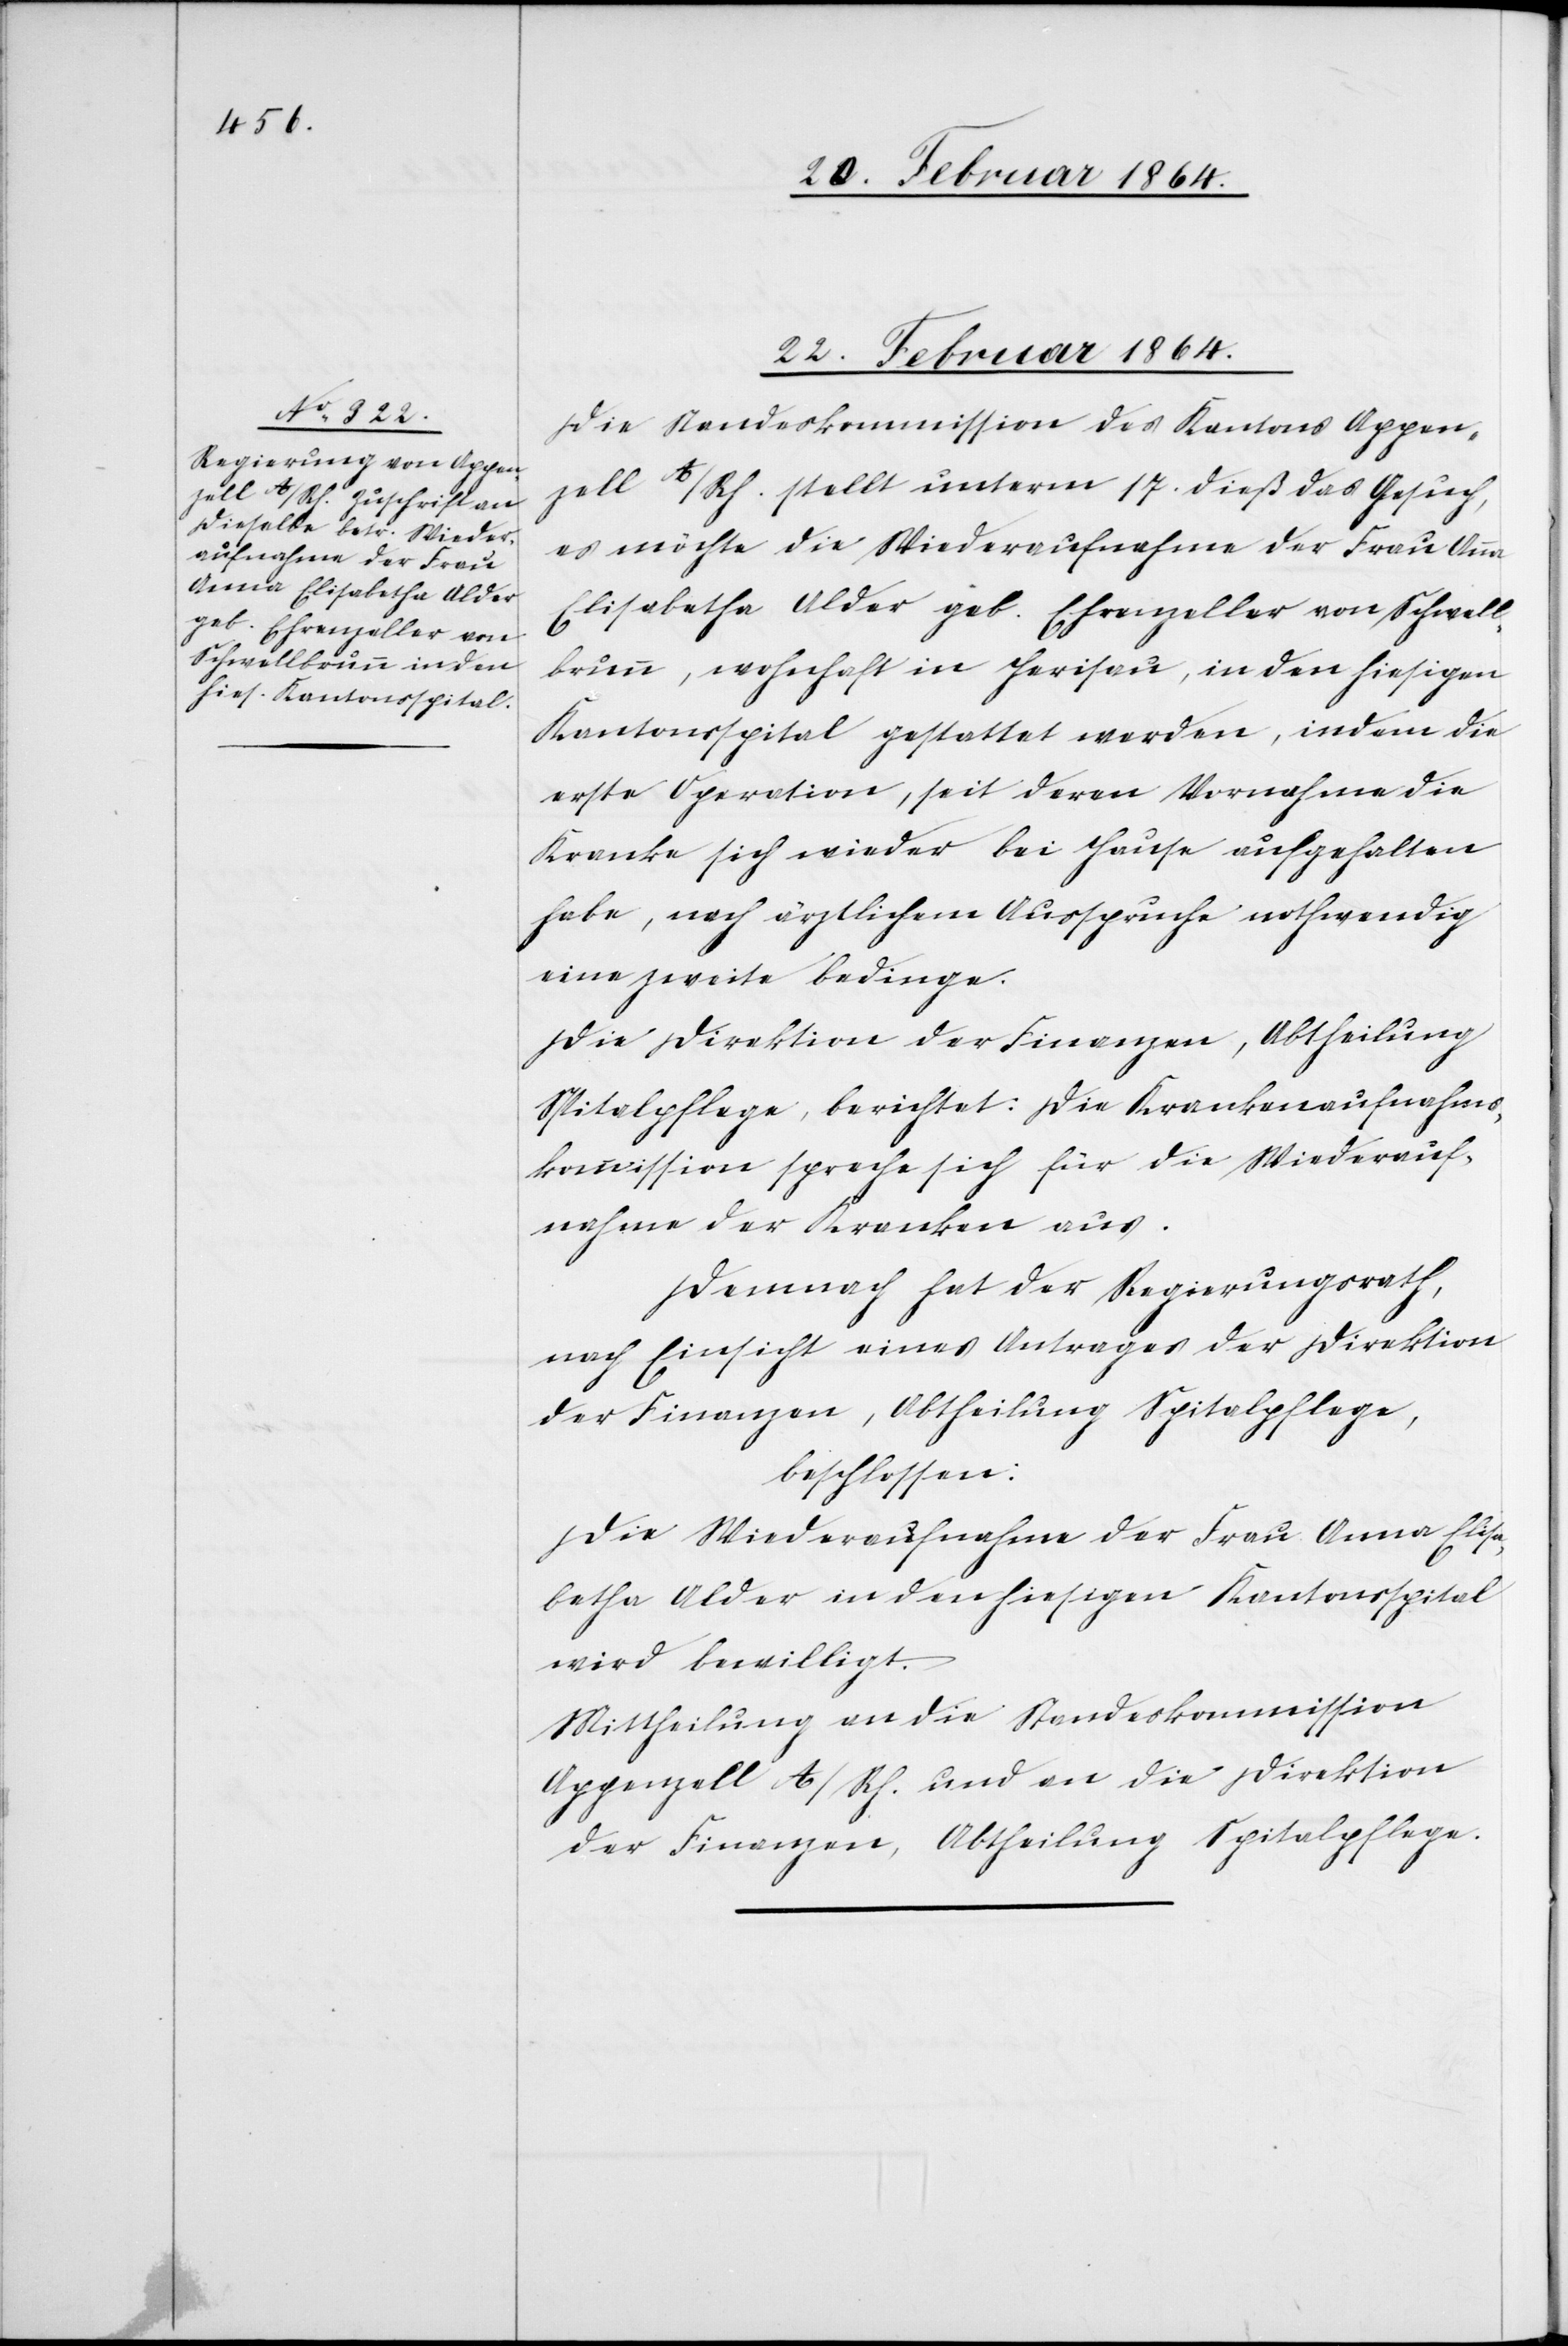
22. Februar 1864.
Die Standeskommission des Kantons Appen¬
zell A/Rh. stellt unterm 17. dieß das Gesuch,
es möchte die Wiederaufnahme der Frau Anna
Elisabetha Alder geb. Ehrenzeller von Schwell¬
brunn, wohnhaft in Herisau, in den hiesigen
Kantonsspital gestattet werden, indem die
erste Operation, seit deren Vornahme die
Kranke sich wieder bei Hause aufgehalten
habe, nach ärztlichem Ausspruche nothwendig
eine zweite bedinge.
Die Direktion der Finanzen, Abtheilung
Spitalpflege, berichtet: Die Krankenaufnahms¬
kommission spreche sich für die Wiederauf¬
nahme der Kranken aus.
Demnach hat der Regierungsrath,
nach Einsicht eines Antrages der Direktion
der Finanzen, Abtheilung Spitalpflege,
beschlossen:
Die Wiederaufnahme der Frau Anna Elisa¬
betha Alder in den hiesigen Kantonsspital
wird bewilligt.
Mittheilung an die Standeskommission
Appenzell A/Rh. und an die Direktion
der Finanzen, Abtheilung Spitalpflege.